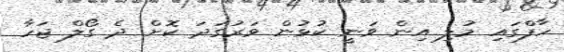
ހާފްގައި މުލި އިން ވަނީ ކުޅުން ވަރުގަދަ ކޮށް ދެ ގޯލް ޖަހާ